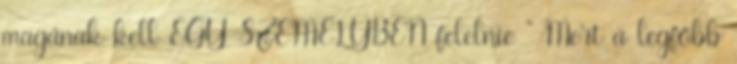
magának kell EGY SZEMÉLYBEN felelnie " Mert a legfőbb